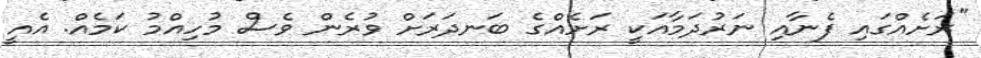
"ރަށެއްގައި ފެނާއި ނަރުދަމާއަކީ ރަށެއްގެ ބަނދަރަށް ވުރެން ވެސް މުހިއްމު ކަމެއް. އެއީ